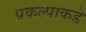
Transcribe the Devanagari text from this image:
प्रकल्पाकडे